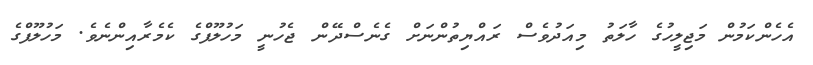
އެހެންކަމުން މަޖިލީހުގެ ހާލަތު މިއަދުވެސް ރައްޔިތުންނަށް ގެނެސްދޭން ޖެހުނީ މަހުލޫފްގެ ކެމެރާއިންނެވެ. މަހުލޫފްގެ